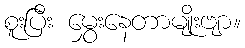
စူးပြီး မွှေးနေတာမျိုးဗျာ။